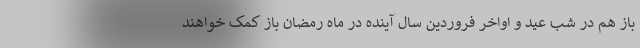
باز هم در شب عید و اواخر فروردین سال آینده در ماه رمضان باز کمک خواهند